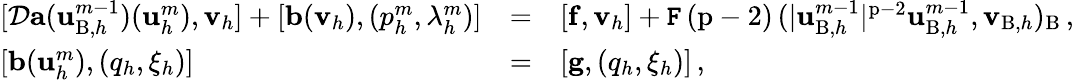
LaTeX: \begin{array}{lll}{[\mathcal{D}\mathbf{a}(\mathbf{u}_{\mathrm{B},h}^{m-1})(\mathbf{u}_{h}^{m}),{\mathbf{v}}_{h}]+[\mathbf{b}({\mathbf{v}}_{h}),(p_{h}^{m},\lambda_{h}^{m})]}&{=}&{[\mathbf{f},{\mathbf{v}}_{h}]+\mathtt{F}\, (\mathrm{p}-2)\, (|\mathbf{u}_{\mathrm{B},h}^{m-1}|^{\mathrm{p}-2}\mathbf{u}_{\mathrm{B},h}^{m-1},{\mathbf{v}}_{\mathrm{B},h})_{\mathrm{B}}\, ,}\\ {[\mathbf{b}(\mathbf{u}_{h}^{m}),(q_{h},\xi_{h})]}&{=}&{[\mathbf{g},(q_{h},\xi_{h})]\, ,}\end{array}